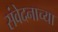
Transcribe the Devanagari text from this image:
संवेदनाच्या